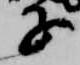
子